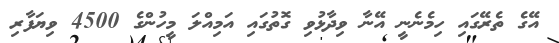
އޭގެ ތެރޭގައި ހިމެނެނީ އޭނާ ވިދާޅުވި ގޮތުގައި އަމިއްލަ މީހުންގެ 4500 ވިޔަފާރި